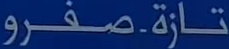
تازة.صفرو